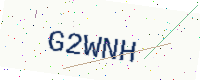
Text: G2WNH